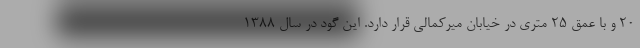
۲۰ و با عمق ۲۵ متری در خیابان میرکمالی قرار دارد. این گود در سال ۱۳۸۸